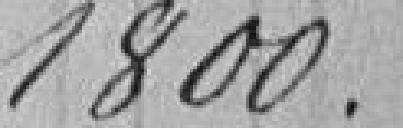
1.800